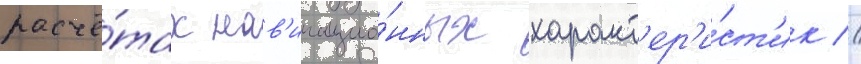
расчё́тах нав'игацио́нных характ'ер'и́ст'ик //